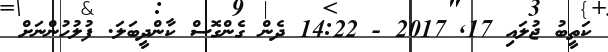
ކަތީބު ޖުލައި 17